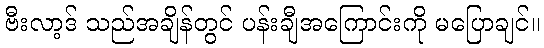
ဗီးလာ့ဒ် သည်အချိန်တွင် ပန်းချီအကြောင်းကို မပြောချင်။